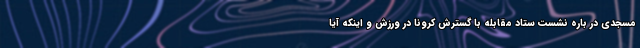
مسجدی در باره نشست ستاد مقابله با گسترش کرونا در ورزش و اینکه آیا